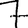
Digit: 7